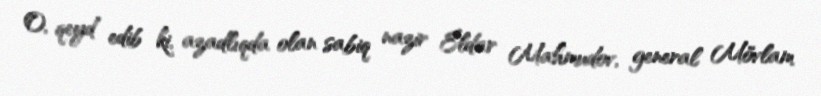
O, qeyd edib ki, azadlıqda olan sabiq nazir Eldar Mahmudov, general Mövlam